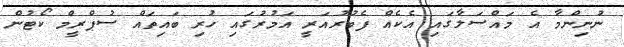
ނުނިންމާ އެ މައްސަލާގައި އެކެއް ފެބުރުއަރީ އަމުރުގައި ހުރި ބައިތައް ސުޕްރީމް ކޯޓުން